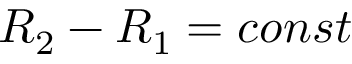
R _ { 2 } - R _ { 1 } = c o n s t